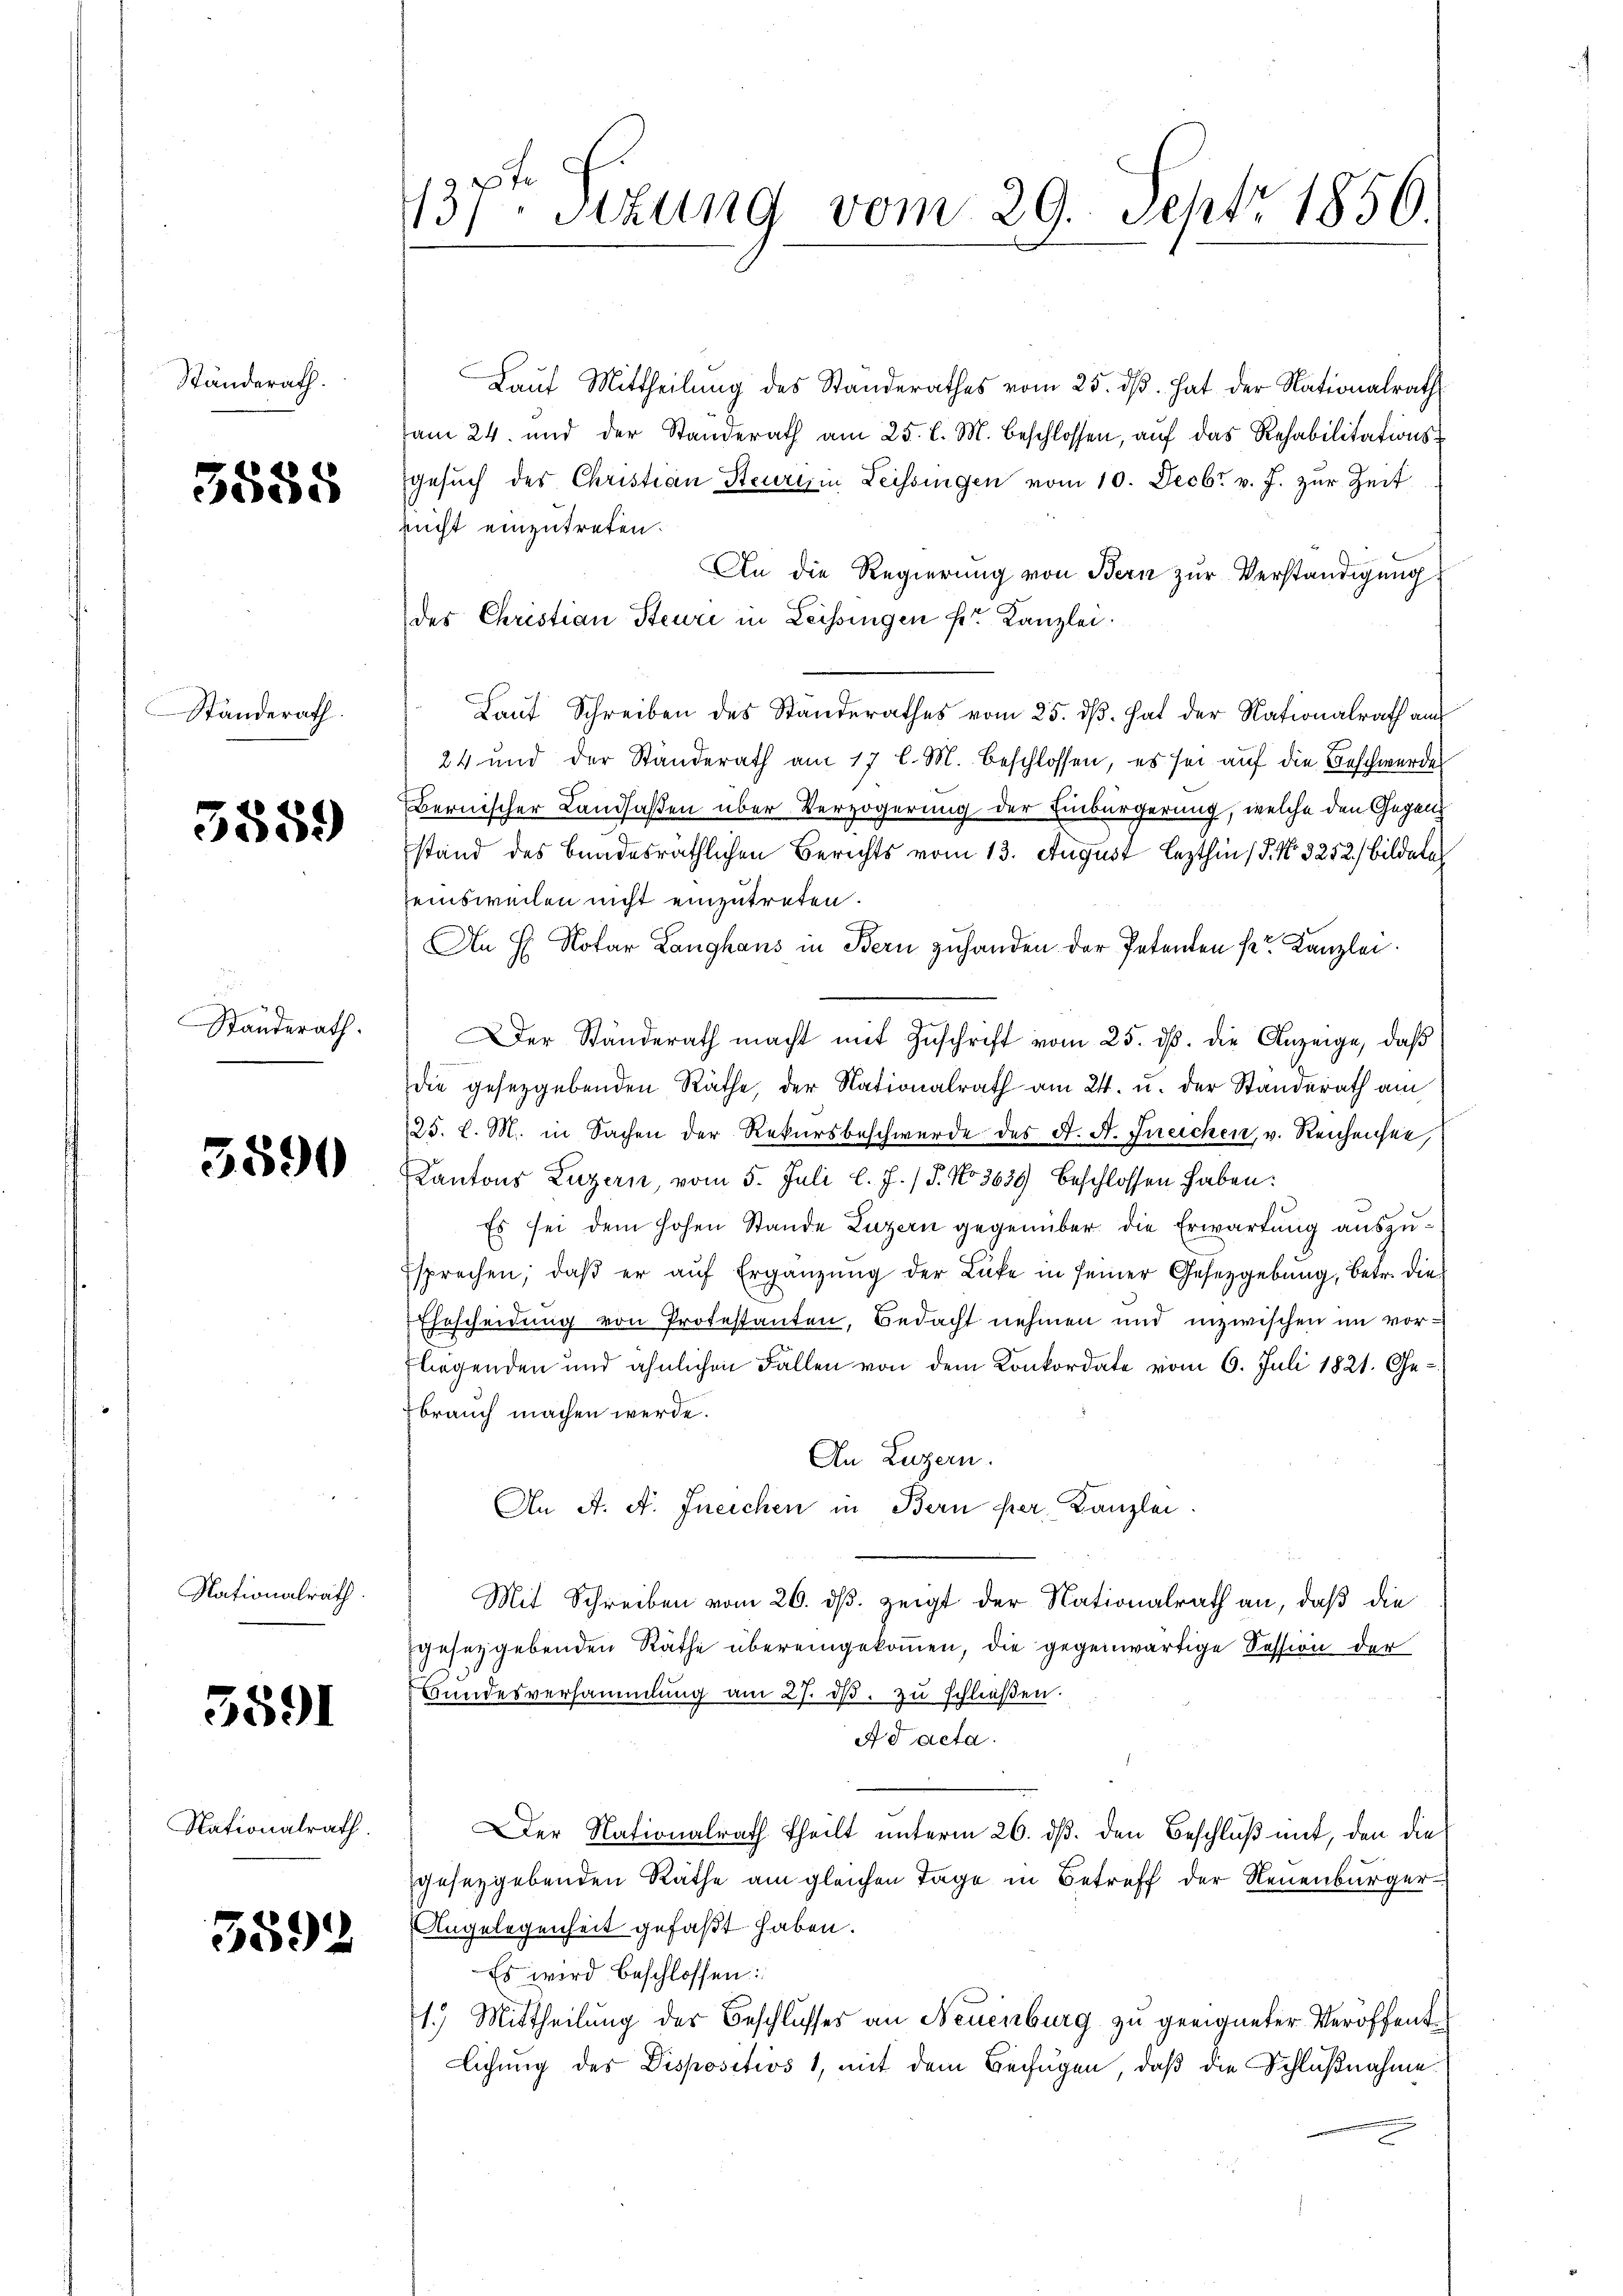
Ständerath.

5558

Standerath.

e
559

Standerath.

3590

Nationalrath.

3591

Nationalrath

5592

3) Sitzung vom 29. Sept. 1856

Laŭf Mittheilŭng des Standerathes vom 25. dβ. hat der Nationalrath
am 24. und der Standerath am 25. l. M. beschlossen, auf das Rehabilitationsgesŭch des Christian Steurem Leissingen vom 10. Decbr v. J. zur Zeit
nicht einzutreten.
An die Regierung von Bern zur Verständigung
des Christian Steure in Leissingen fr. Kanzlei.
Laut Schreiben des Standerathes vom 25. dß. hat der Nationalrath au
24 und der Ständerath am 17 l. M. beschlossen, es sei aŭf die Beschwerdes
Bernischer Landsaßen über Verzögerung der Einbürgerung, welche den Gegenstand des Gnadesräthlichen Berichts vom 13. August lezthin / 5. No. 3252) bildele
seinsweilen nicht einzutreten.
An H. Notar Langhaus in Bern zuhanden der Petenten ser Kanzlei.
Der Ständerath macht mit Zuschrift vom 25. ds. die Anzeige, daß
die gesetzgebenden Räthe, der Nationalrath am 24. u. der Standerath am
25. l. M. in Sachen der Rekursbeschwerde des A. A. Ineichen, v. Reihensee,
Kantons Luzern, vom 5. Juli l. J. / 5. No 3659 beschlossen haben:
Es sei dem hohen Stande Luzern gegenüber die Erwartung auszutsprechen, daβ er aŭf Ergänzŭng der Lücke in seiner Gesetzgebung, betr. die
Ehrscheidung von Protestanten, Bedacht nehmen und inzwischen im vorliegenden und ähnlichen Fallen von dem Konkordate vom 6. Juli 1821. Ge-
brauch machen werde.
An Luzern.
An A. A. Ineichen in Bern per Canzlei
Mit Schreiben vom 26. ds. zeigt der Nationalrath an, daß die
gesetzgebenden Räthe übereingekommen, die gegenwärtige Session der
Bundesversammlung am 27. dβ. zu schließen.
Ad acta.
Der Nationalrath theilt unterm 26. dß. den Beschluß mit, den die
gesetzgebenden Räthe am gleichen Tage in Betreff der Neuenburger¬
Angelegenheit gefaßt haben.
Es wird beschlossen:
1.) Mittheilung der Beschlusses an Neuenburg zu geeigneter Veröffentlichung des Dispositios 1, mit dem Beifügen, daß die Schlußnahme
c